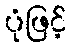
ပုံဖြင့်